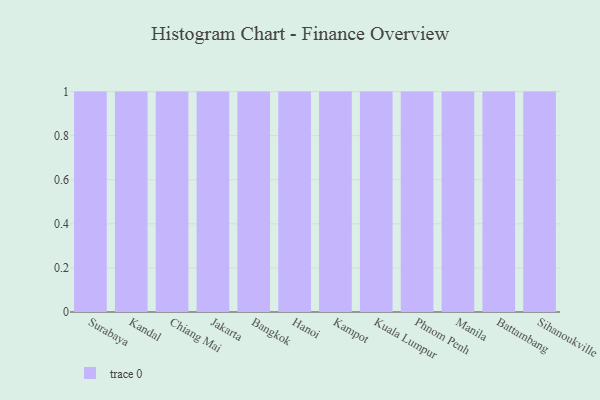
{"axis": {"x": "City", "y": "Latency (ms)"}, "legend": [""], "data": [{"x": "Surabaya", "y": 46, "type": ""}, {"x": "Kandal", "y": 22, "type": ""}, {"x": "Chiang Mai", "y": 65, "type": ""}, {"x": "Jakarta", "y": 96, "type": ""}, {"x": "Bangkok", "y": 95, "type": ""}, {"x": "Hanoi", "y": 34, "type": ""}, {"x": "Kampot", "y": 86, "type": ""}, {"x": "Kuala Lumpur", "y": 49, "type": ""}, {"x": "Phnom Penh", "y": 35, "type": ""}, {"x": "Manila", "y": 30, "type": ""}, {"x": "Battambang", "y": 59, "type": ""}, {"x": "Sihanoukville", "y": 78, "type": ""}]}